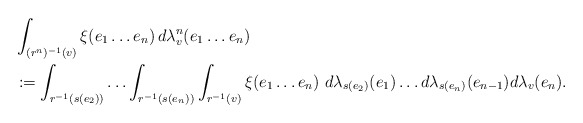
\begin{align*}&\int_{(r^n)^{-1}(v)} \xi (e_1 \ldots e_n) \, d\lambda_v^n (e_1 \ldots e_n) \\&:= \int_{r^{-1} (s(e_2))} \ldots \int_{r^{-1} (s(e_n))}\int_{r^{-1} (v)} \xi (e_1 \ldots e_n) \ d\lambda_{s(e_2)} (e_1) \ldots d\lambda_{s(e_n)} (e_{n-1}) d \lambda_{v} (e_n).\end{align*}